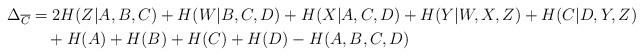
LaTeX: \begin{align*} \Delta_{\overline{C}} &= 2H(Z|A,B,C) + H(W|B,C,D) + H(X|A,C,D) + H(Y|W,X,Z) + H(C|D,Y,Z)\\ &\ \ \ + H(A) + H(B) + H(C) + H(D) - H(A,B,C,D)\end{align*}